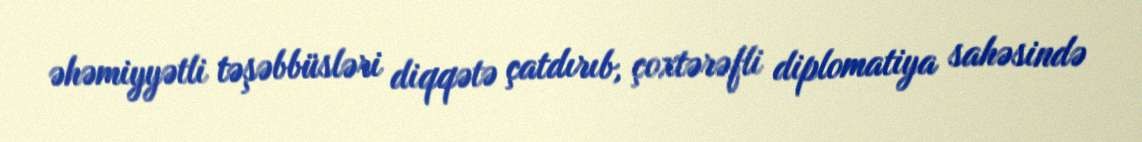
əhəmiyyətli təşəbbüsləri diqqətə çatdırıb, çoxtərəfli diplomatiya sahəsində